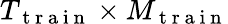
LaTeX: T_{\mathrm{~t~r~a~i~n~}}\times M_{\mathrm{~t~r~a~i~n~}}